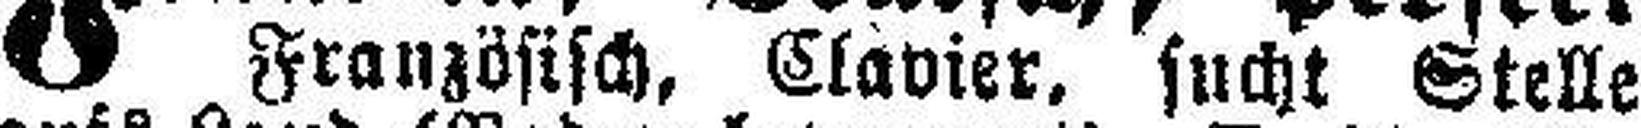
Französisch, Clavier, sucht Stelle